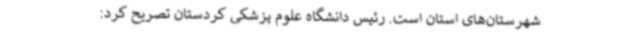
شهرستان‌های استان است. رئیس دانشگاه علوم پزشکی کردستان تصریح کرد: